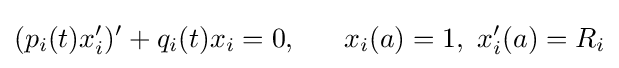
(p_{i}(t)x_{i}^{\prime })^{\prime }+q_{i}(t)x_{i}=0,\,\,\,\,\,\,\,\,\,\,x_{i}(a)=1,\,\,x_{i}^{\prime }(a)=R_{i}